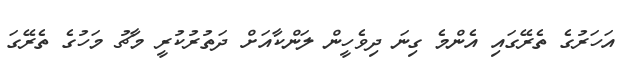
އަހަރުގެ ތެރޭގައި އެންމެ ގިނަ ދިވެހީން ލަންކާއަށް ދަތުރުކުރީ މާޗު މަހުގެ ތެރޭގަ